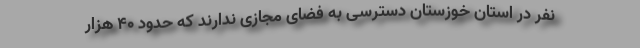
نفر در استان خوزستان دسترسی به فضای مجازی ندارند که حدود ۴۰ هزار